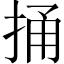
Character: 捅